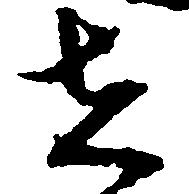
者